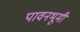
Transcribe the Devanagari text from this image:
पावनभूमी